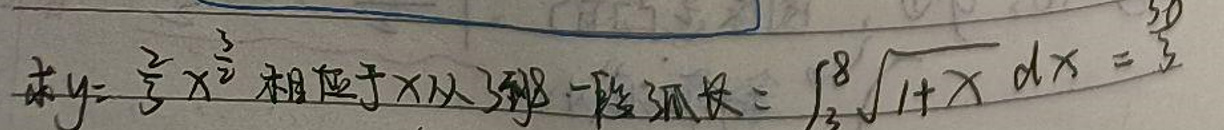
求$y = \frac{2}{3}x^{\frac{3}{2}}$相应于$x$从$3$到$8$一段弧长$=\int_{3}^{8}\sqrt{1 + x}\,dx=\frac{50}{3}$